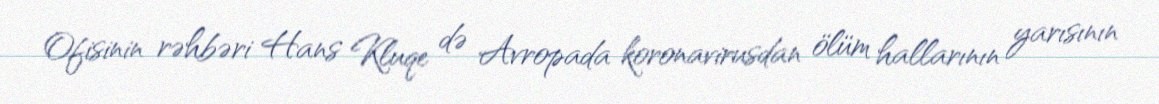
Ofisinin rəhbəri Hans Kluqe də Avropada koronavirusdan ölüm hallarının yarısının